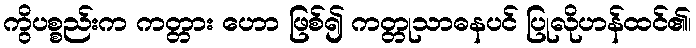
ကွိပစ္စည်းက ကတ္တား ဟော ဖြစ်၍ ကတ္တုသာဓနပင် ပြုလိုဟန်ထင်၏၊